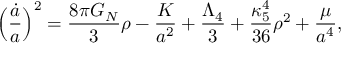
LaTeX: \Bigl ( \frac { { \dot { a } } } { a } \Bigr ) ^ { 2 } = \frac { 8 \pi G _ { N } } { 3 } \rho - \frac { K } { a ^ { 2 } } + \frac { \Lambda _ { 4 } } { 3 } + \frac { \kappa _ { 5 } ^ { 4 } } { 3 6 } \rho ^ { 2 } + \frac { \mu } { a ^ { 4 } } ,